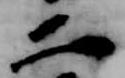
二